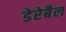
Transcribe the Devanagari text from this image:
डेरेबैल